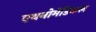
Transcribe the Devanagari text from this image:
एथनोमेडिकल